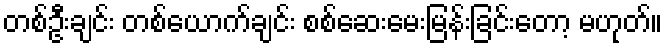
တစ်ဦးချင်း တစ်ယောက်ချင်း စစ်ဆေးမေးမြန်းခြင်းတော့ မဟုတ်။